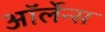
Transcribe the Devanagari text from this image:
ऑर्लेन्स